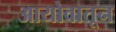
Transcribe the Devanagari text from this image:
आयोवातून